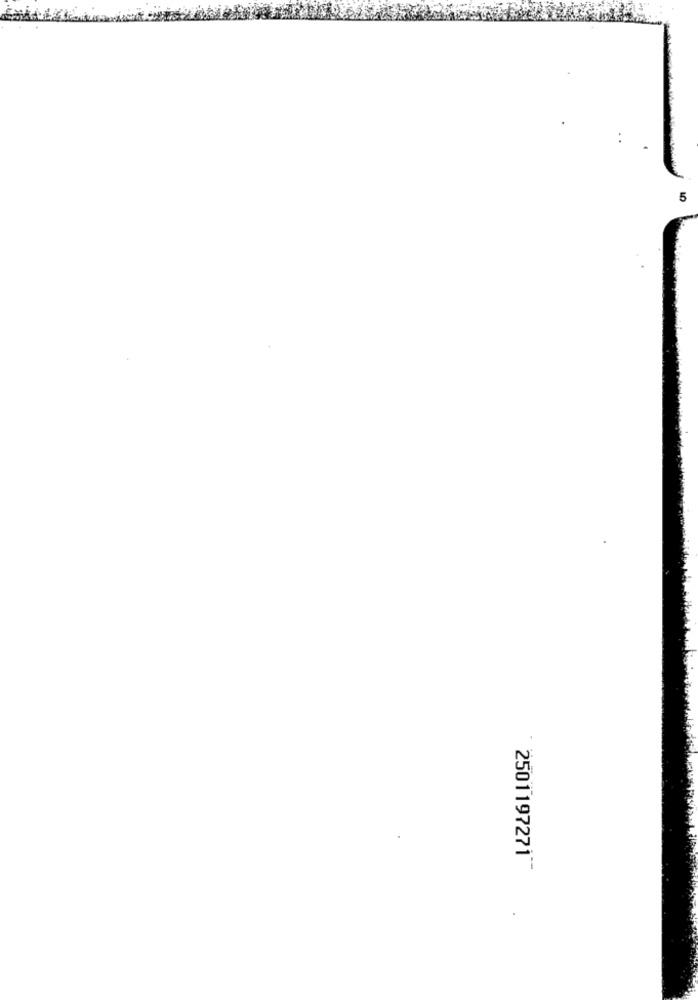
2501197271